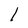
Character: l